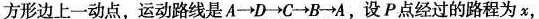
方形边上一动点，运动路线是A\rightarrow D\rightarrow C\rightarrow B\rightarrow A，设P点经过的路程为x，